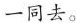
一同去。